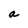
Character: a